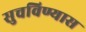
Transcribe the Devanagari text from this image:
सुचविण्यास